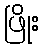
ဖြိုး